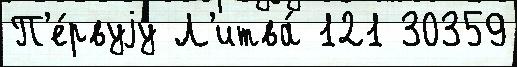
П'е́рвуjу Л'итва́ 121 30359